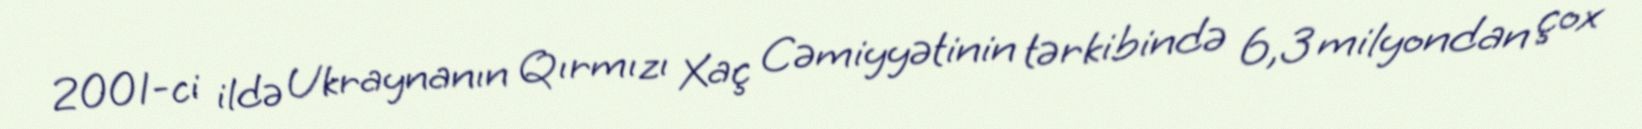
2001-ci ildə Ukraynanın Qırmızı Xaç Cəmiyyətinin tərkibində 6,3 milyondan çox